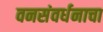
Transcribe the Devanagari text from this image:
वनसंवर्धनाचा